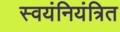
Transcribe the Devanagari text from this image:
स्वयंनियंत्रित